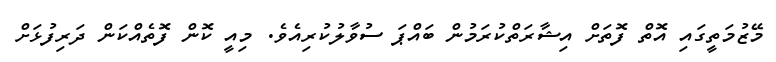
މޭޒުމަތީގައި އޮތް ފޮތަށް އިޝާރަތްކުރަމުން ބައްޕަ ސުވާލުކުރިއެވެ. މިއީ ކޮން ފޮތެއްކަން ދަރިފުޅަށް